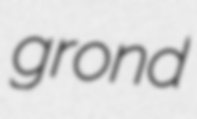
grond